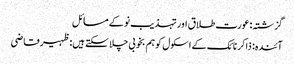
گزشتہ: عورت طلاق اور تہذیب نو کے مسائل
آئندہ: ذاکر نائک کے اسکول کو ہم بخوبی چلا سکتے ہیں:ظہیرقاضی